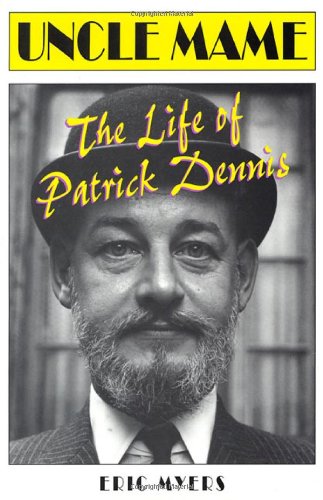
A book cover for Uncle Mame: The Life of Patrick Dennis; Eric Myers; Gay & Lesbian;